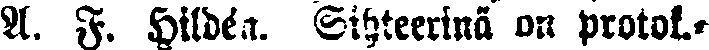
A. F. Hildén. Sihteerinä on protok.-